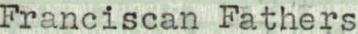
Franciscan Fathers